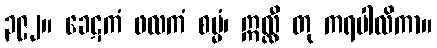
၃၉၂။ ခေဋကံ ဖလကံ စမ္မံ၊ ဣလ္လီ တု ကရပါလိကာ။